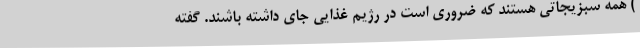
) همه سبزیجاتی هستند که ضروری است در رژیم غذایی جای داشته باشند. گفته